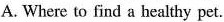
A.Where to find a healthy pet.